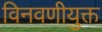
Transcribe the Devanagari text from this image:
विनवणीयुक्त